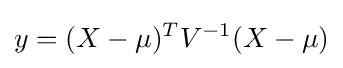
y=(X-\mu )^{T}V^{-1}(X-\mu )